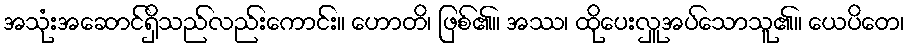
အသုံးအဆောင်ရှိသည်လည်းကောင်း။ ဟောတိ၊ ဖြစ်၏။ အဿ၊ ထိုပေးလှူအပ်သောသူ၏။ ယေပိတေ၊